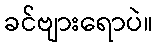
ခင်ဗျားရောပဲ။